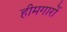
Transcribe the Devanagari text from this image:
हीमगारों